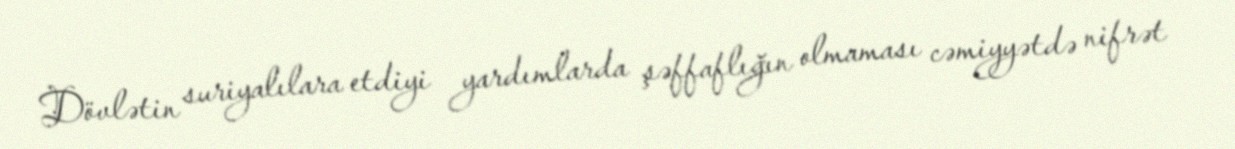
Dövlətin suriyalılara etdiyi yardımlarda şəffaflığın olmaması cəmiyyətdə nifrət